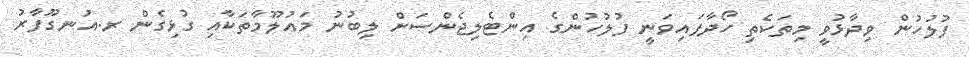
ފުލުހުން ވިދާޅުވީ މިތަކެތި ހޯދާފައިވަނީ ފުލުހުންގެ އިންޓެލިޖެންސަށް ލިބުނު މައުލޫމާތަކާއި ގުޅިގެން ރ.އުނގޫފާރު